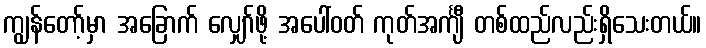
ကျွန်တော့်မှာ အခြောက် လျှော်ဖို့ အပေါ်ဝတ် ကုတ်အင်္ကျီ တစ်ထည်လည်းရှိသေးတယ်။